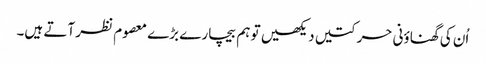
اُن کی گھناؤنی حرکتیں دیکھیں تو ہم بیچارے بڑے معصوم نظر آتے ہیں۔